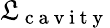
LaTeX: \mathfrak{L}_{\mathrm{{~c~a~v~i~t~y~}}}